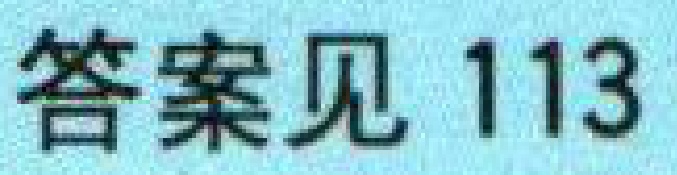
答案见 113